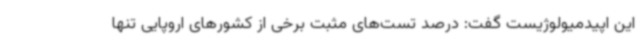
این اپیدمیولوژیست گفت: درصد تست‌های مثبت برخی از کشورهای اروپایی تنها